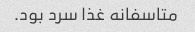
متاسفانه غذا سرد بود.